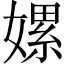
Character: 嫘